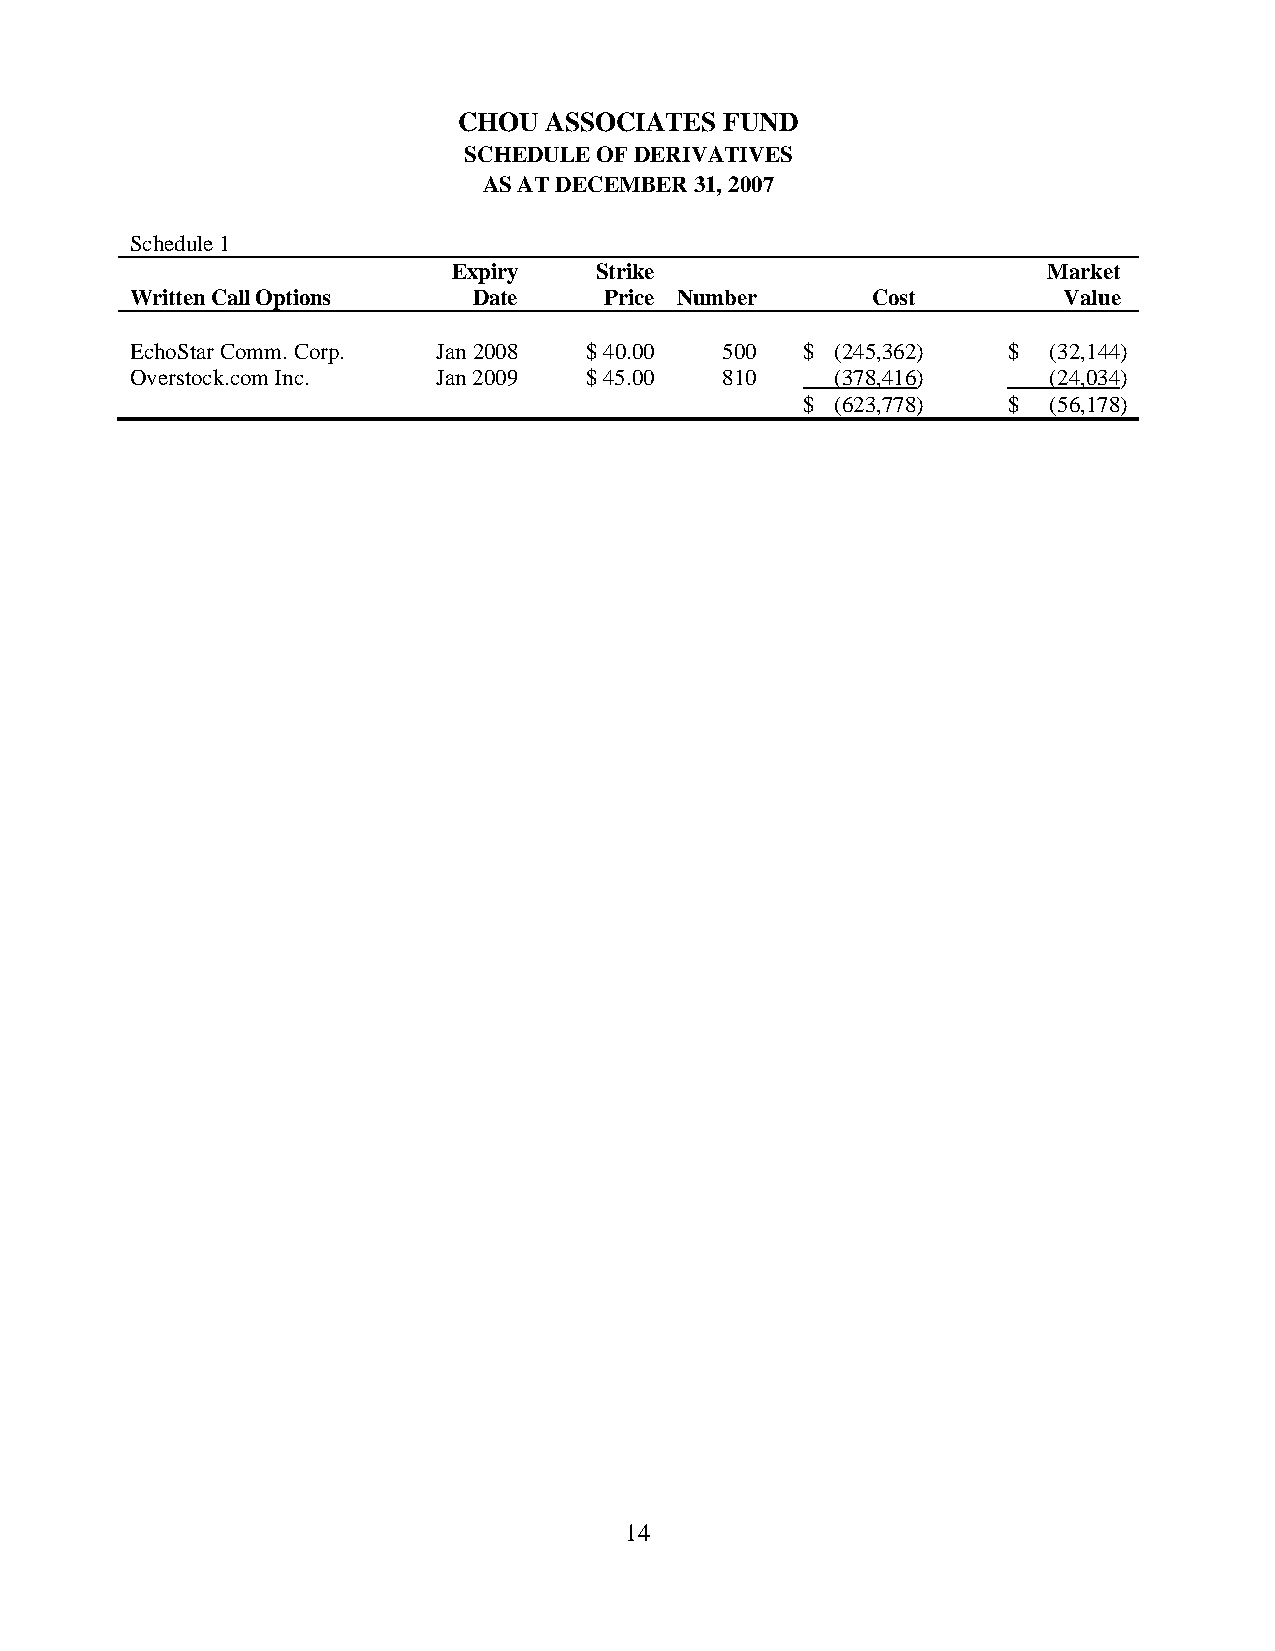
CHOU  ASSOCIATES  FUND
 SCHEDULE OF DERIVATIVES
 AS AT DECEMBER 31, 2007
 Schedule 1
 Expiry   Strike                        Market
 Written Call Options  Date     Price Number      Cost        Value
 EchoStar Comm. Corp. Jan 2008 $ 40.00  500  $ (245,362)   $ (32,144)
 Overstock.com Inc.  Jan 2009  $ 45.00  810    (378,416)     (24,034)
 $ (623,778)   $ (56,178)
 14